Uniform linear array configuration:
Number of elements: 4
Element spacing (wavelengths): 0.5
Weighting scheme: blackman
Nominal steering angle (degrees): -30
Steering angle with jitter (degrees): -30.356
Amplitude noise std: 0.05
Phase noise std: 0.05

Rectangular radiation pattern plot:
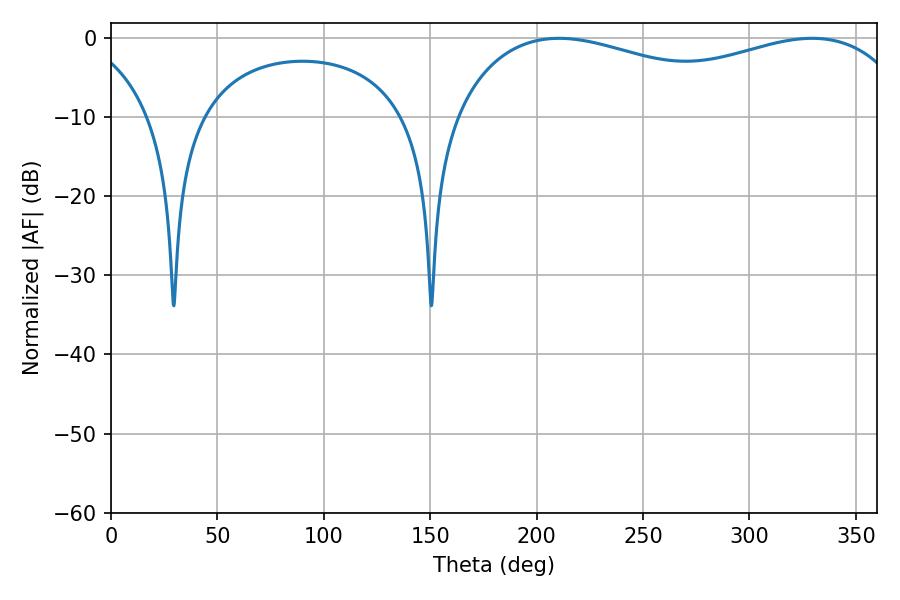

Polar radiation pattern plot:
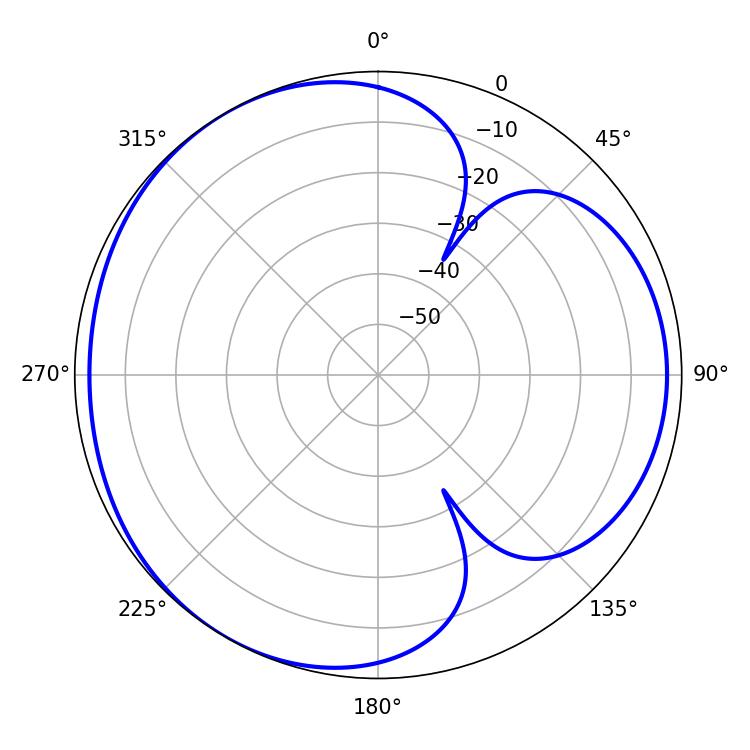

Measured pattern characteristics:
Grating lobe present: FALSE
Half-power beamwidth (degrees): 178.92
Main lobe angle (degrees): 210.6